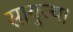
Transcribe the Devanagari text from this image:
सायुज्य।